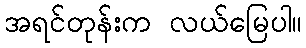
အရင်တုန်းက လယ်မြေပါ။